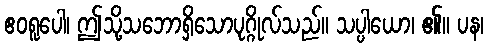
ဧဝရူပေါ၊ ဤသို့သဘောရှိသောပုဂ္ဂိုလ်သည်။ သပ္ပါယော၊ ၏။ ပန၊